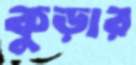
কুড়ার